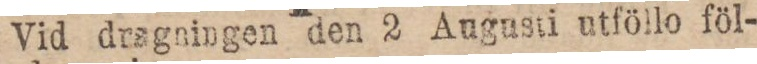
Vid dragningen den 2 Augusti utföllo föl-